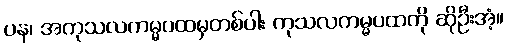
ပန၊ အကုသလကမ္မပထမှတစ်ပါး ကုသလကမ္မပထကို ဆိုဦးအံ့။